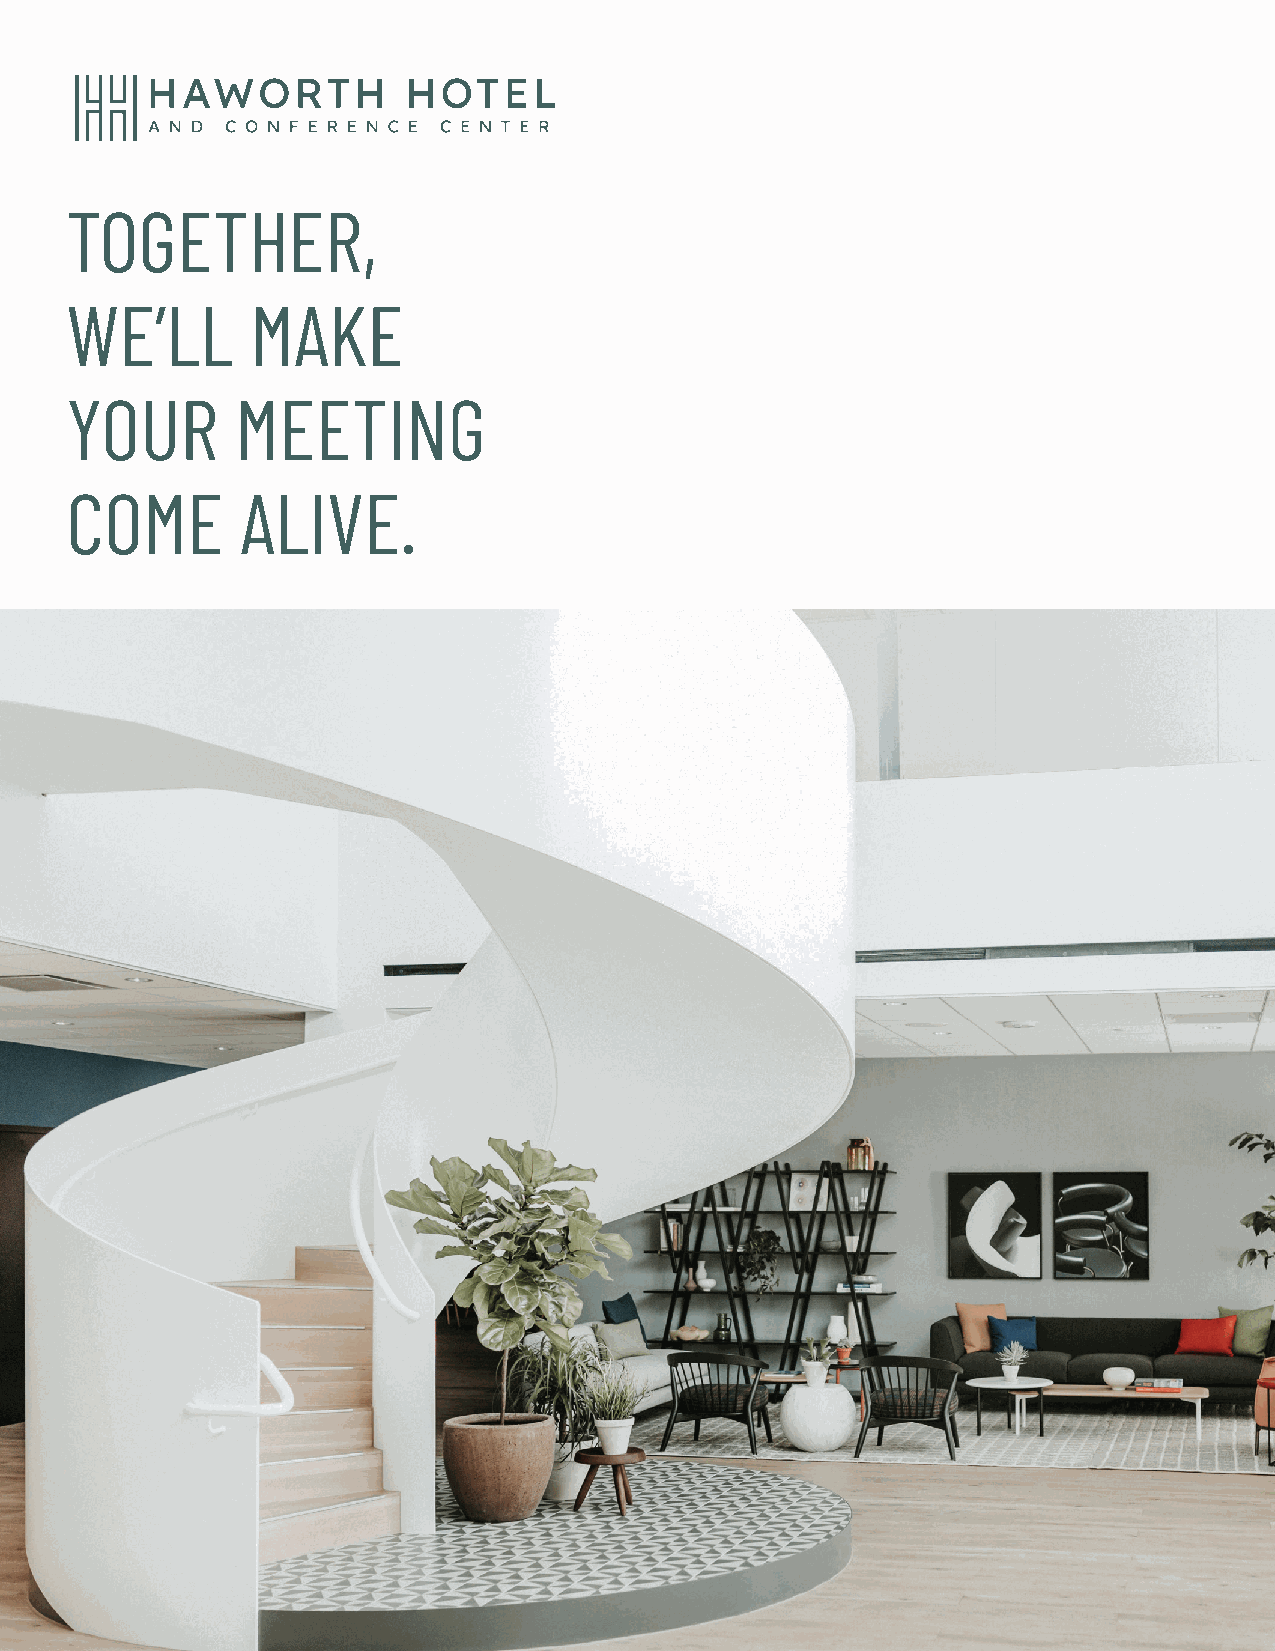
TOGETHER,
 WE’LL        MAKE
 YOUR        MEETING
 COME        ALIVE.